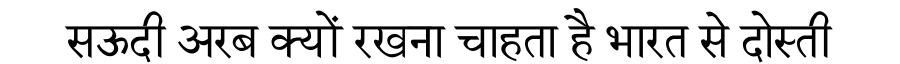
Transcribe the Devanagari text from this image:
सऊदी अरब क्यों रखना चाहता है भारत से दोस्ती